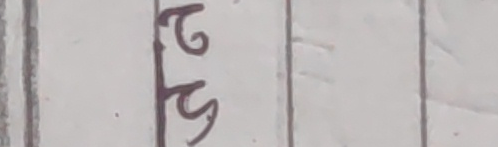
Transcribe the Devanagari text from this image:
ट ङ